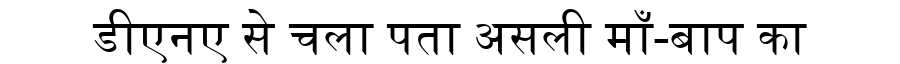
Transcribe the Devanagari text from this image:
डीएनए से चला पता असली माँ-बाप का